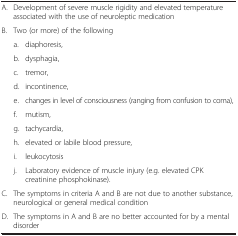
<table><thead><tr><td><b> </b></td><td><b> </b></td></tr></thead><tbody><tr><td>A.</td><td>Development of severe muscle rigidity and elevated temperature associated with the use of neuroleptic medication</td></tr><tr><td>B.</td><td>Two (or more) of the following</td></tr><tr><td>a.</td><td>diaphoresis,</td></tr><tr><td>b.</td><td>dysphagia,</td></tr><tr><td>c.</td><td>tremor,</td></tr><tr><td>d.</td><td>incontinence,</td></tr><tr><td>e.</td><td>changes in level of consciousness (ranging from confusion to coma),</td></tr><tr><td>f.</td><td>mutism,</td></tr><tr><td>g.</td><td>tachycardia,</td></tr><tr><td>h.</td><td>elevated or labile blood pressure,</td></tr><tr><td>i.</td><td>leukocytosis</td></tr><tr><td>j.</td><td>Laboratory evidence of muscle injury (e.g. elevated CPK creatinine phosphokinase).</td></tr><tr><td>C.</td><td>The symptoms in criteria A and B are not due to another substance, neurological or general medical condition</td></tr><tr><td>D.</td><td>The symptoms in A and B are no better accounted for by a mental disorder</td></tr></tbody></table>